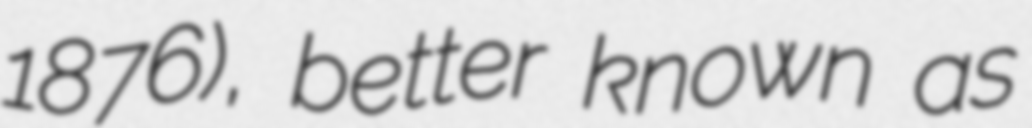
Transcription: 1876), better known as